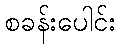
စခန်းပေါင်း